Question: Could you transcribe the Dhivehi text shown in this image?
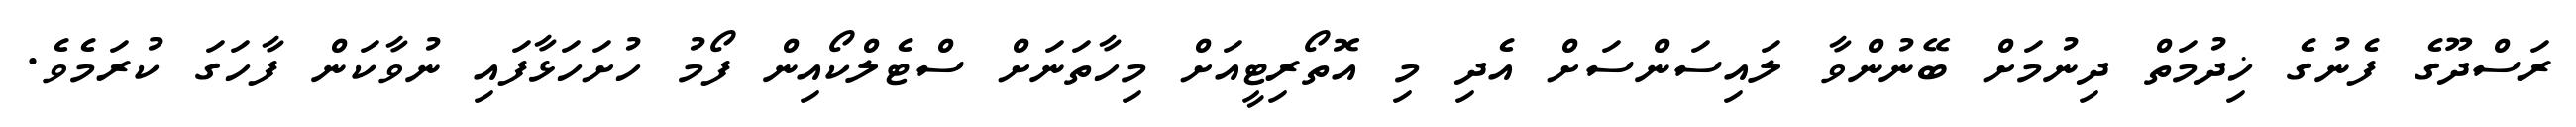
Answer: ރަސްދޫގެ ފެނުގެ ޚިދުމަތް ދިނުމަށް ބޭނުންވާ ލައިސަންސަށް އެދި މި އޮތޯރިޓީއަށް މިހާތަނަށް ސްޓެލްކޯއިން ފޯމު ހުށަހަޅާފައި ނުވާކަން ފާހަގަ ކުރަމެވެ.